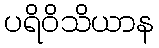
ပရိဝိသိယာန